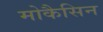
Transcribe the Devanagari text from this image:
मोकैसिन